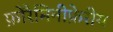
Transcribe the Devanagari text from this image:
फ़ोरैमिनीफ़ेरीय